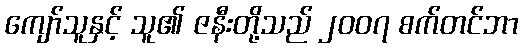
ကျော်သူနှင့် သူ၏ ဇနီးတို့သည် ၂၀၀၇ စက်တင်ဘာ